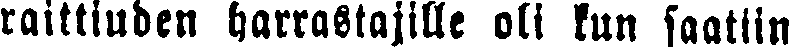
raittiuden harrastajille oli kun saatiin